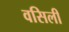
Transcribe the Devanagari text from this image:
वसिली